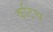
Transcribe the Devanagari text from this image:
कटिच